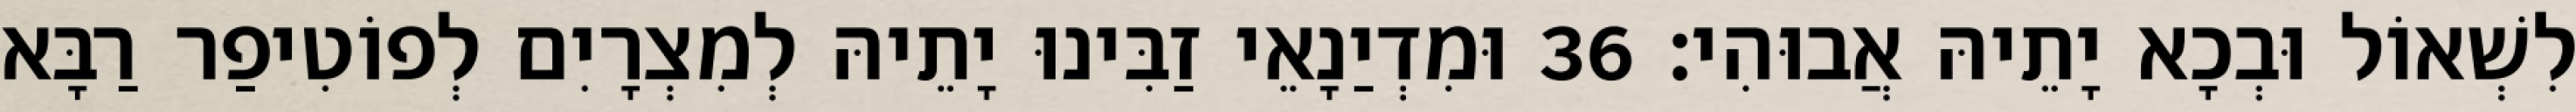
לִשְׁאוֹל וּבְכָא יָתֵיהּ אֲבוּהִי׃ 36 וּמִדְיַנָאֵי זַבִּינוּ יָתֵיהּ לְמִצְרָיִם לְפוֹטִיפַר רַבָּא